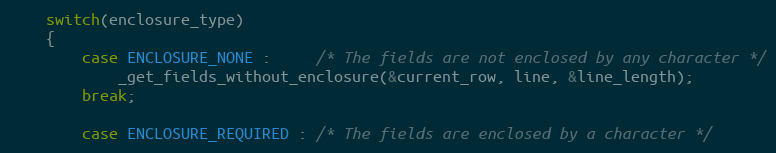
Language: C++
	switch(enclosure_type)
	{
		case ENCLOSURE_NONE : 	 /* The fields are not enclosed by any character */
			_get_fields_without_enclosure(&current_row, line, &line_length);
		break;

		case ENCLOSURE_REQUIRED : /* The fields are enclosed by a character */